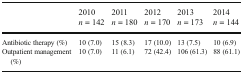
<table><thead><tr><td>[EMPTY_CELL]</td><td><b>2010 <i>n</i> = 142</b></td><td><b>2011 <i>n</i> = 180</b></td><td><b>2012 <i>n</i> = 170</b></td><td><b>2013 <i>n</i> = 173</b></td><td><b>2014 <i>n</i> = 144</b></td></tr></thead><tbody><tr><td>Antibiotic therapy (%)</td><td>10 (7.0)</td><td>15 (8.3)</td><td>17 (10.0)</td><td>13 (7.5)</td><td>10 (6.9)</td></tr><tr><td>Outpatient management (%)</td><td>10 (7.0)</td><td>11 (6.1)</td><td>72 (42.4)</td><td>106 (61.3)</td><td>88 (61.1)</td></tr></tbody></table>